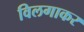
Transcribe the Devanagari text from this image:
विलगाकर